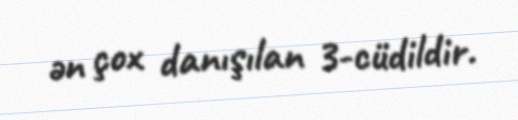
ən çox danışılan 3-cüdildir.